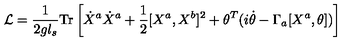
{ \cal L } = \frac { 1 } { 2 g l _ { s } } \mathrm { T r } \left[ \dot { X } ^ { a } \dot { X } ^ { a } + \frac { 1 } { 2 } [ X ^ { a } , X ^ { b } ] ^ { 2 } + \theta ^ { T } ( i \dot { \theta } - \Gamma _ { a } [ X ^ { a } , \theta ] ) \right]